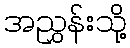
အညွှန်းသို့